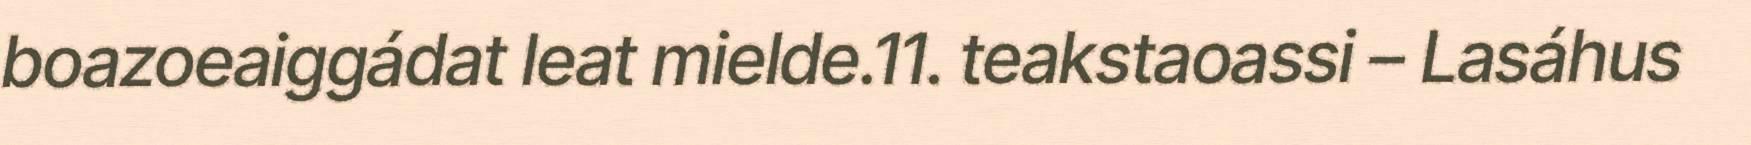
boazoeaiggádat leat mielde.11. teakstaoassi – Lasáhus